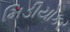
મિડીયોકર